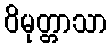
ဝိမုတ္တာသာ